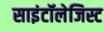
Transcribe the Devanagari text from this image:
साइंटॉलेजिस्ट